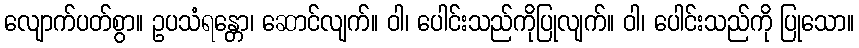
လျောက်ပတ်စွာ။ ဥပသံရန္တော၊ ဆောင်လျက်။ ဝါ၊ ပေါင်းသည်ကိုပြုလျက်။ ဝါ၊ ပေါင်းသည်ကို ပြုသော။